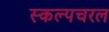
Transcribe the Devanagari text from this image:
स्‍कल्‍पचरल